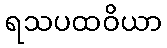
ရသပထဝိယာ